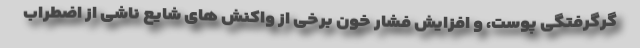
گرگرفتگی پوست، و افزایش فشار خون برخی از واکنش های شایع ناشی از اضطراب